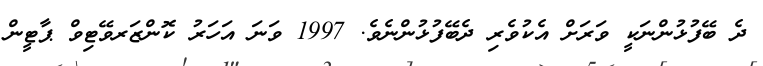
ދެ ބޭފުޅުންނަކީ ވަރަށް އެކުވެރި ދެބޭފުޅުންނެވެ. 1997 ވަނަ އަހަރު ކޮންޒަރވޭޓިވް ޕާޓީން